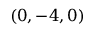
( 0 , - 4 , 0 )